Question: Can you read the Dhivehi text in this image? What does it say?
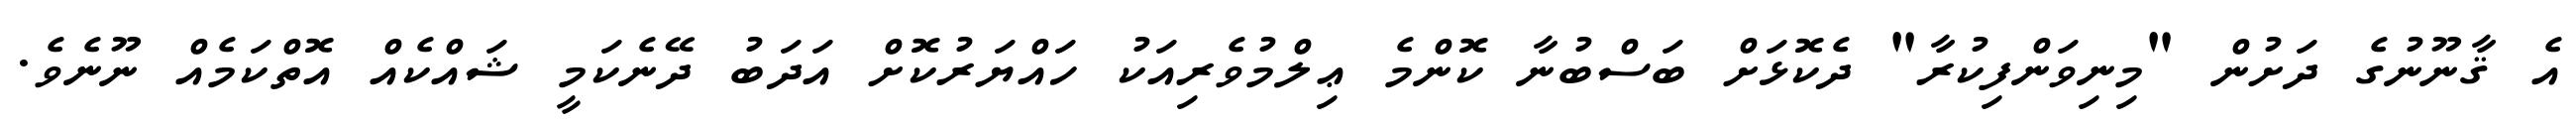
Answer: އެ ޤާނޫނުގެ ދަށުން "މިނިވަންފިކުރާ" ދެކޮޅަށް ބަސްބުނާ ކޮންމެ ޢިލްމުވެރިއަކު ހައްޔަރުކޮށް އަދަބު ދޭނެކަމީ ޝައްކެއް އޮތްކަމެއް ނޫނެވެ.